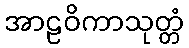
အာဠဝိကာသုတ္တံ